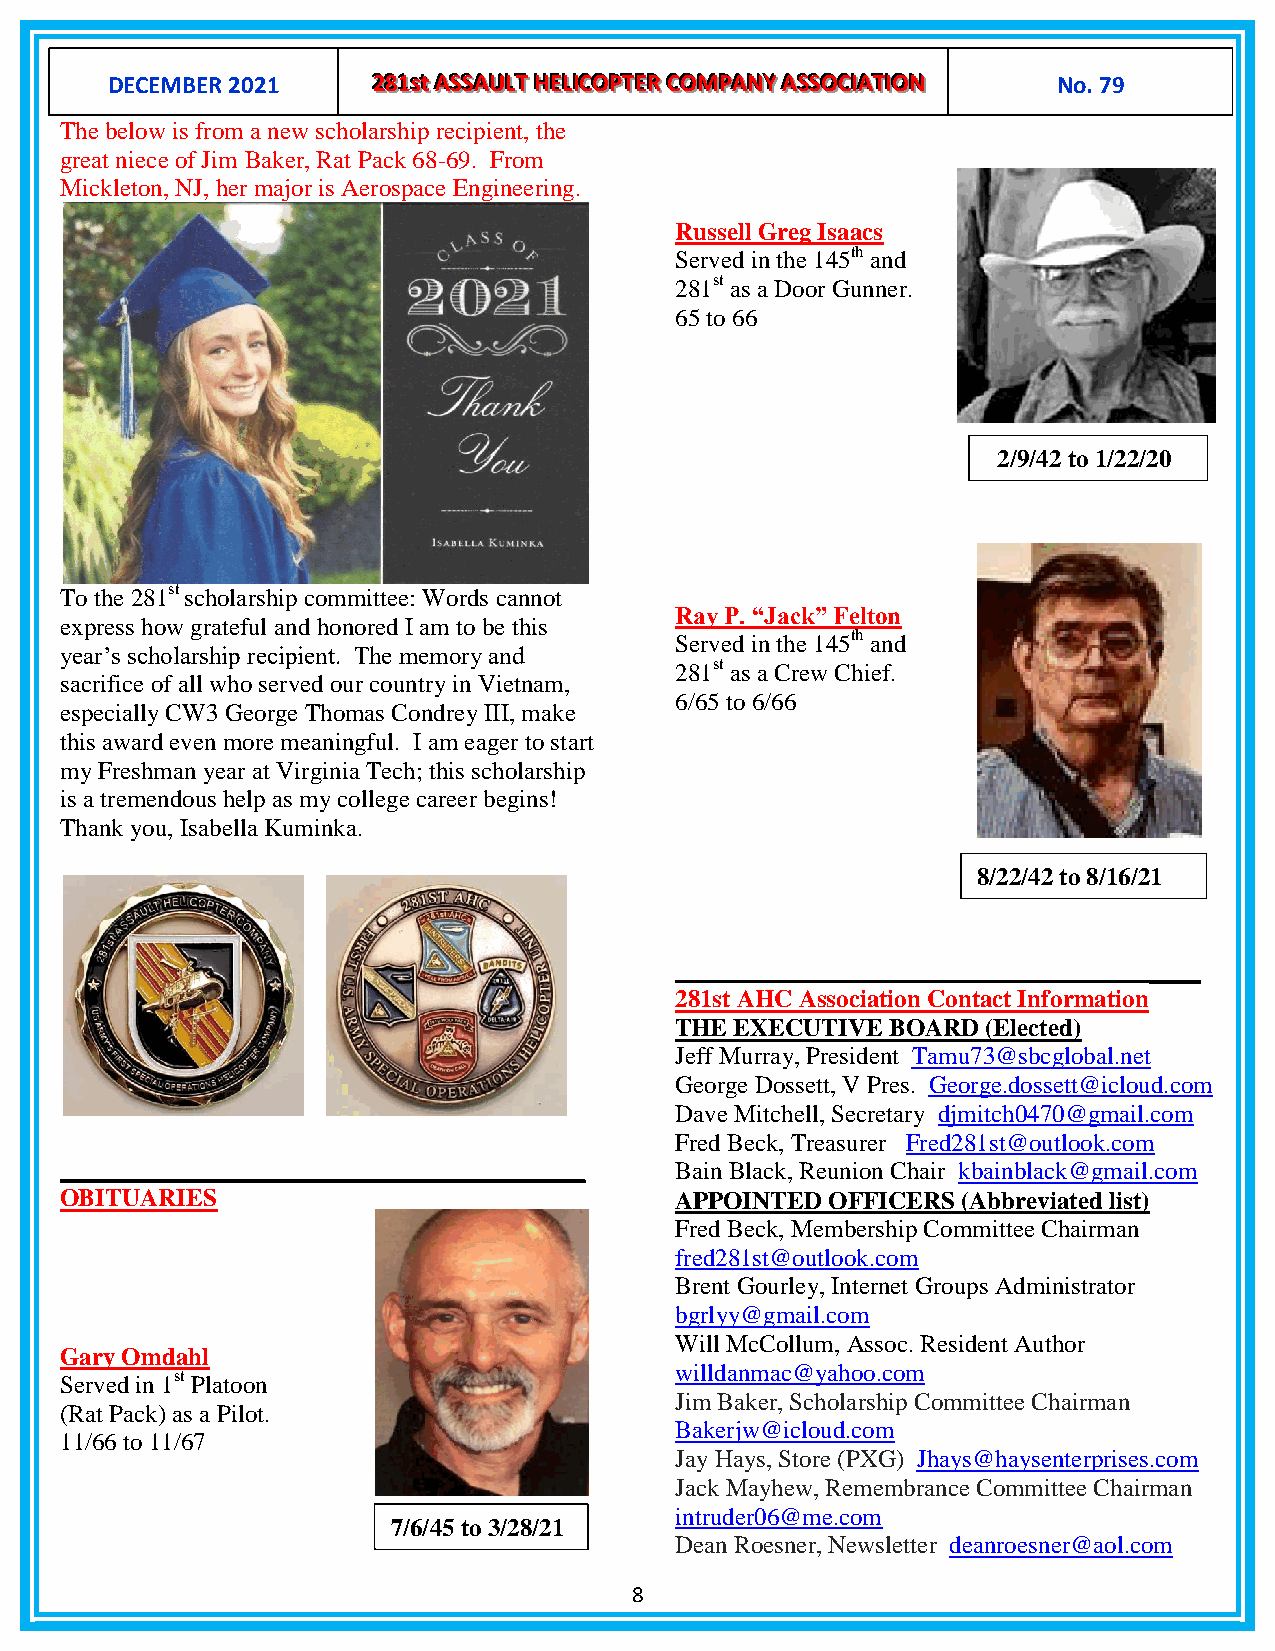
[Type D t Ee Cxt E] MBER 2021 222888111sssttt AAASSSSSSAAAUUULLLTTT HHHEEELLLIIICCCOOOPPPTTTEEE RRR CCCOOOMMMPPPAAANNNYYY AAASSSSSSOOOCCCIIIAAATTTIIIOOONNN No. 79[T ype text]
 The below is from a new scholarship recipient, the
 great niece of Jim Baker, Rat Pack 68-69. From
 Mickleton, NJ, her major is Aerospace Engineering.
 Russell Greg Isaacs
 Served in the 145th and
 281st as a Door Gunner.
 65 to 66
 2/9/42 to 1/22/20
 To the 281st scholarship committee: Words cannot
 Ray P. “Jack” Felton
 express how grateful and honored I am to be this
 Served in the 145th and
 year’s scholarship recipient. The memory and
 281st as a Crew Chief.
 sacrifice of all who served our country in Vietnam,
 6/65 to 6/66
 especially CW3 George Thomas Condrey III, make
 this award even more meaningful. I am eager to start
 my Freshman year at Virginia Tech; this scholarship
 is a tremendous help as my college career begins!
 Thank you, Isabella Kuminka.
 8/22/42 to 8/16/21
 ____________________________________
 281st AHC Association Contact Information
 THE EXECUTIVE BOARD (Elected)
 Jeff Murray, President Tamu73@sbcglobal.net
 George Dossett, V Pres. George.dossett@icloud.com
 Dave Mitchell, Secretary djmitch0470@gmail.com
 Fred Beck, Treasurer Fred281st@outlook.com
 ____________________________________     Bain Black, Reunion Chair kbainblack@gmail.com
 OBITUARIES                               APPOINTED OFFICERS (Abbreviated list)
 Fred Beck, Membership Committee Chairman
 fred281st@outlook.com
 Brent Gourley, Internet Groups Administrator
 bgrlyy@gmail.com
 Will McCollum, Assoc. Resident Author
 Gary Omdahl
 willdanmac@yahoo.com
 Served in 1st Platoon
 Jim Baker, Scholarship Committee Chairman
 (Rat Pack) as a Pilot.
 Bakerjw@icloud.com
 11/66 to 11/67
 Jay Hays, Store (PXG) Jhays@haysenterprises.com
 Jack Mayhew, Remembrance Committee Chairman
 intruder06@me.com
 7/6/45 to 3/28/21
 Dean Roesner, Newsletter deanroesner@aol.com
 8